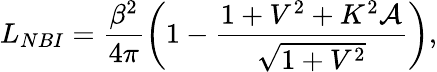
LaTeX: L_{NBI}=\frac{\beta^{2}}{4\pi}\left(1-\frac{1+V^{2}+K^{2}\mathcal{A}}{\sqrt{1+V^{2}}}\right),